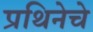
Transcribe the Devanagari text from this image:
प्रथिनेचे